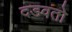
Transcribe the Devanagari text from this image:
दडवतो